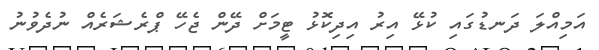
އަމިއްލަ ދަނޑުގައި ކުޅޭ އިރު އިދިކޮޅު ޓީމަށް ދޭން ޖެހޭ ޕްރެޝަރެއް ނުދެވުނު